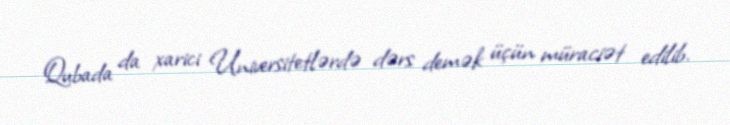
Qubada da xarici Universitetlərdə dərs demək üçün müraciət edilib.